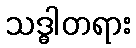
သဒ္ဓါတရား